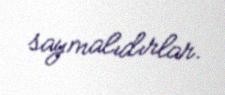
saymalıdırlar.